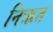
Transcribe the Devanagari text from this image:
निऋत